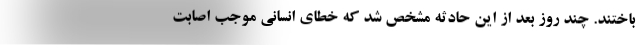
باختند. چند روز بعد از این حادثه مشخص شد که خطای انسانی موجب اصابت